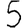
Digit: 5